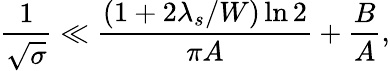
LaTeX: \frac{1}{\sqrt{\sigma}}\ll\frac{(1+2\lambda_{s}/W)\ln 2}{\pi A}+\frac{B}{A},